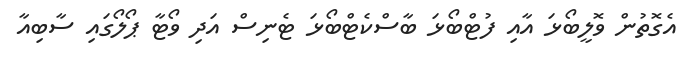
އެގޮތުން ވޮލީބޯޅަ އާއި ފުޓްބޯޅަ ބާސްކެޓްބޯޅަ ޓެނިސް އަދި ވޯޓާ ޕޯލޯގައި ސާބިއާ